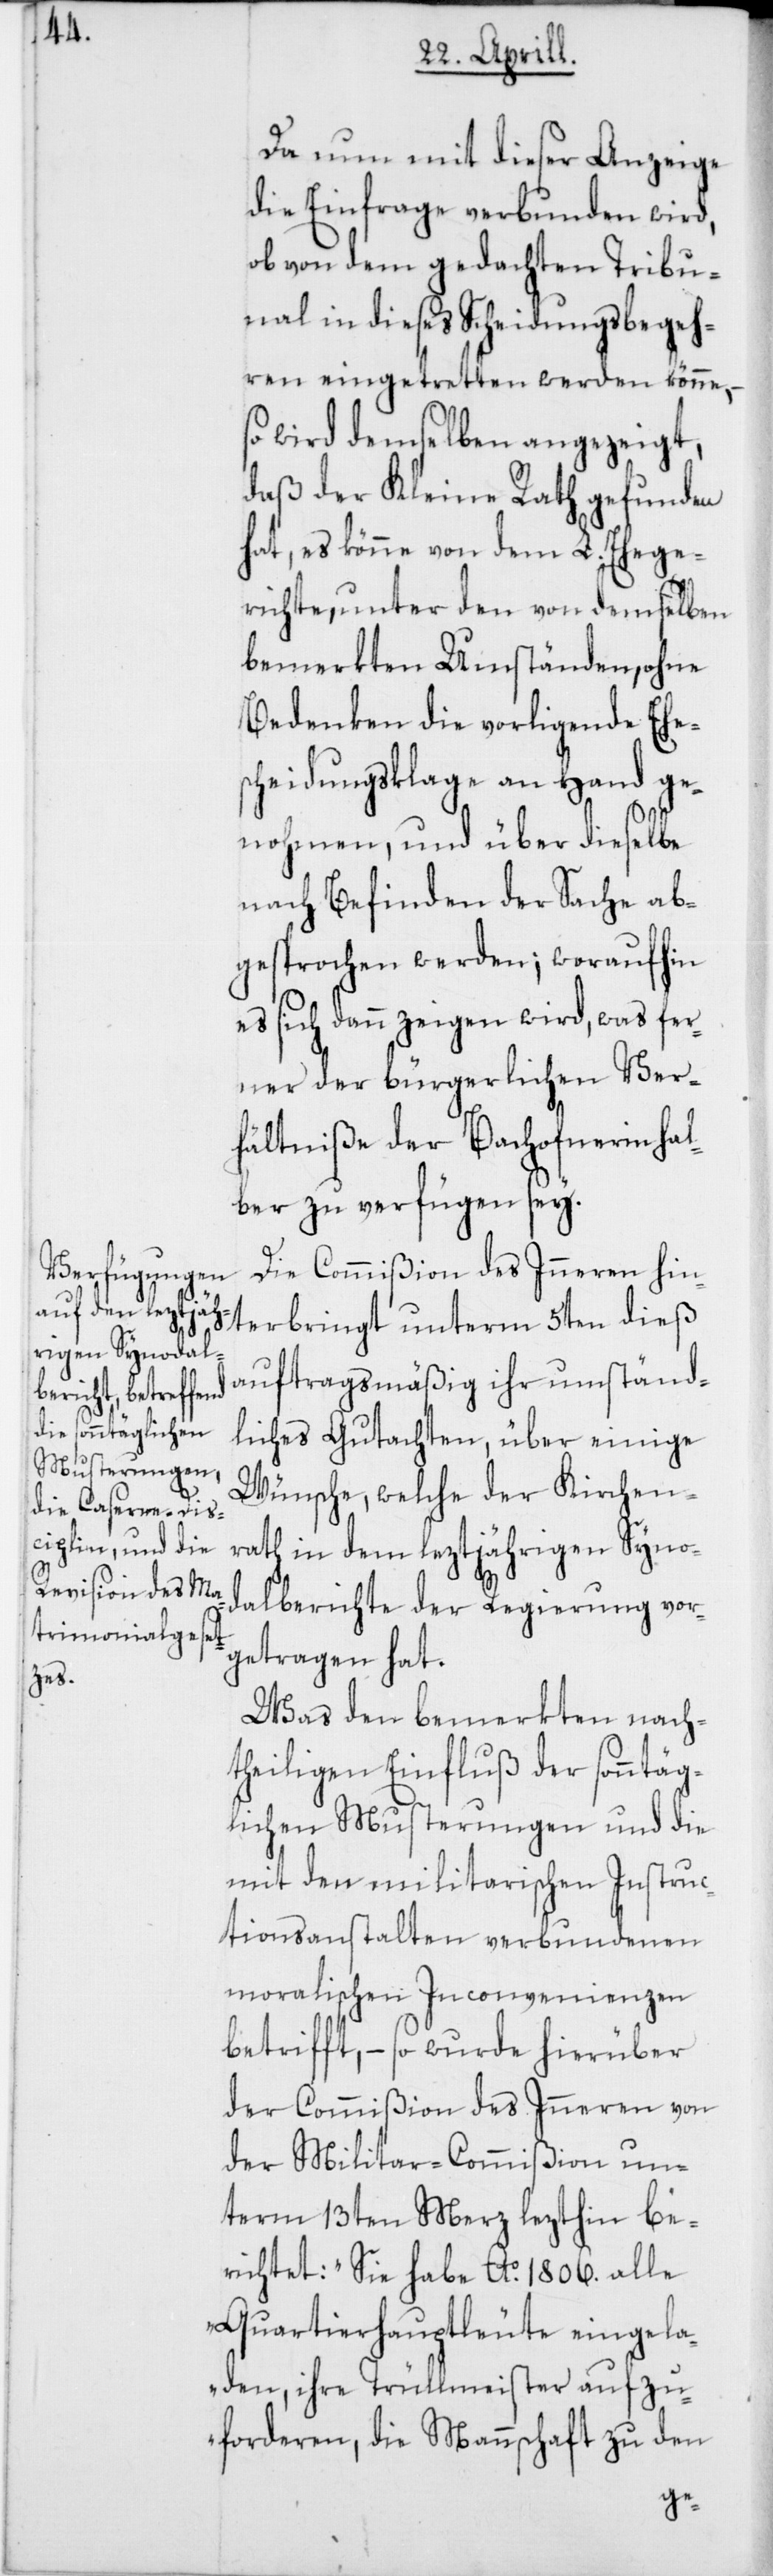
Da nun mit dieser Anzeige
die Einfrage verbunden wird,
ob von dem gedachten Tribu¬
nal in dieses Scheidungsbegeh¬
ren eingetretten werden könne,
wird demselben angezeigt,
daß der Kleine Rath gefunden
hat, es könne von dem L. Ehege¬
richte, unter den von demselben
bemerkten Umständen, ohne
Bedenken die vorligende Ehes¬
cheidungsklage an Hand ge¬
nohmen, und über dieselbe
nach Befinden der Sache ab¬
gesprochen werden; woraufhin
es sich dann zeigen wird, was fer¬
ner der bürgerlichen Ver¬
hältniße der Bachofnerin hal¬
ber zu verfügen sey.
Die Commißion des Inneren hin¬
terbringt unterm 5ten dieß
auftragsmäßig ihr umständ¬
liches Gutachten, über einige
Wünsche, welche der Kirchen¬
rath in dem leztjährigen Synod¬
alberichte der Regierung vor¬
getragen hat.
Was den bemerkten nach¬
theiligen Einfluß der sonntäg¬
lichen Musterungen und die
mit den militarischen Instruc¬
tionsanstalten verbundenen
moralischen Inconvenienzen
betrifft, – so wurde hierüber
der Commißion des Inneren von
der Militar-Commißion un¬
term 13ten Merz lezthin be¬
richtet: „Sie habe Ao 1806. alle
Quartierhauptleute eingela¬
den, ihre Trüllmeister aufzu¬
forderen, die Mannschaft zu den